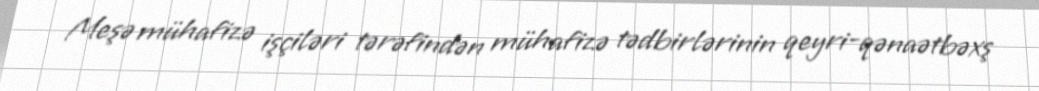
Meşə mühafizə işçiləri tərəfindən mühafizə tədbirlərinin qeyri-qənaətbəxş